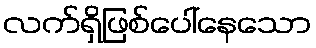
လက်ရှိဖြစ်ပေါ်နေသော